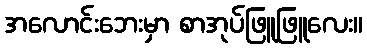
အလောင်းဘေးမှာ စာအုပ်ဖြူဖြူလေး။